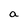
Character: a